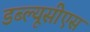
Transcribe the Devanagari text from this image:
डब्ल्यूसीएस